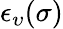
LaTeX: \epsilon_{\upsilon}(\sigma)